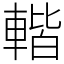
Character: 䡡